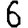
Digit: 6